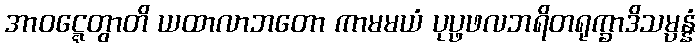
အာဝဋ္ဋေတွာတိ ယထာလာဘတော ကာမမယံ ပုပ္ဖဖလဘရိတရုက္ခာဒိသမ္ပန္နံ